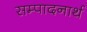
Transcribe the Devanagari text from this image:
सम्पादनार्थ